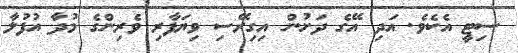
ސިޓީ އެކެވެ. އަދި އޭގެ ދަށުން އިގިރޭސި ވިޔަފާރި ވެރިންގެ މުދާ އުފުލާ